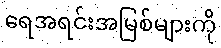
ရေအရင်းအမြစ်များကို